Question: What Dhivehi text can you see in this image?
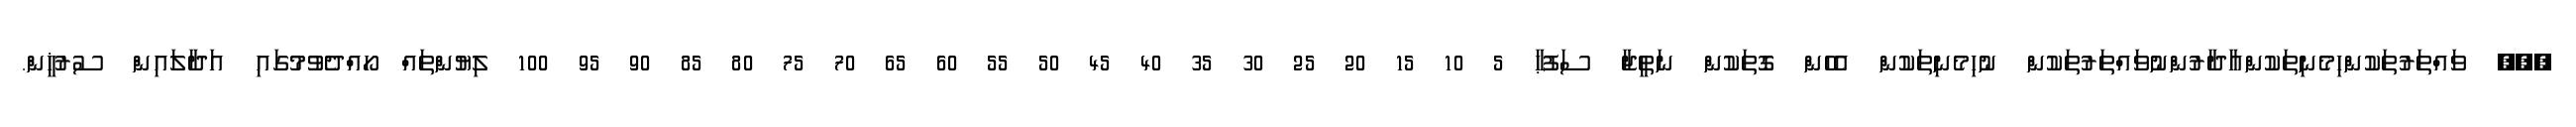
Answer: ??? ވައްތަރުތަކުންހިމެނިތަކުންއާދާރުންނުވައްތަރުތަކުން ނުހިމެނިތަކުން އެހެން ގޮތަކުން ނަތީޖާ ސަފުޙާ 5 10 15 20 25 30 35 40 45 50 55 60 65 70 75 80 85 90 95 100 ލިޔުންތައް ހޯއްދެވުމުގައި އަދާލައިން ސުރުޚީން.